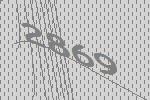
2869